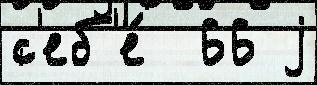
с'еб'е́  66 j